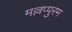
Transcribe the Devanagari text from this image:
मल्लप्पुरम